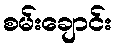
စမ်းချောင်း